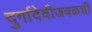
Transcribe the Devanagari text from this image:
दुर्गादेवीजवळची